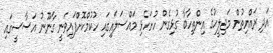
އަދި ރައްޔިތުން މަޖިލީހުގެ އިންތިހާބާ ގުޅިގެން ހުށަހެޅި މައްސަލައިގައި ހުކުމްކޮށްފައިވަނީ ގާނޫނު އަސާސީގައި